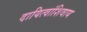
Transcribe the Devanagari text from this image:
दायित्वांशिवाय